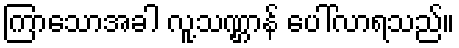
ကြာသောအခါ လူ့သဏ္ဌာန် ပေါ်လာရသည်။